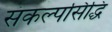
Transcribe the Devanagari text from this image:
संकल्पसिद्धि